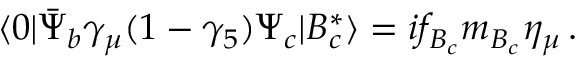
\langle 0 | \bar { \Psi } _ { b } \gamma _ { \mu } ( 1 - \gamma _ { 5 } ) \Psi _ { c } | B _ { c } ^ { * } \rangle = i f _ { B _ { c } } m _ { B _ { c } } \eta _ { \mu } \, .